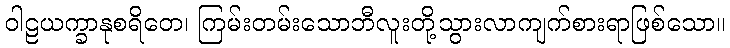
ဝါဠယက္ခာနုစရိတေ၊ ကြမ်းတမ်းသောဘီလူးတို့သွားလာကျက်စားရာဖြစ်သော။